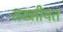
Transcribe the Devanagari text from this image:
सख्सीयत